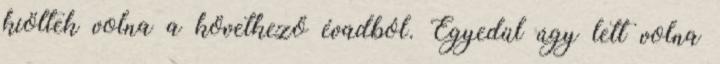
kiöltek volna a következő évadból. Egyedül úgy lett volna